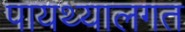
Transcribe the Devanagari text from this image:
पायथ्यालगत